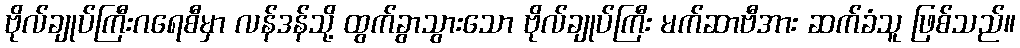
ဗိုလ်ချုပ်ကြီးဂရေစီမှာ လန်ဒန်သို့ ထွက်ခွာသွားသော ဗိုလ်ချုပ်ကြီး မက်ဆာဗီအား ဆက်ခံသူ ဖြစ်သည်။